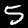
Digit: 5